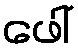
ဖေါ်